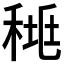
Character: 𥟯